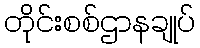
တိုင်းစစ်ဌာနချုပ်